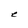
Character: e